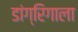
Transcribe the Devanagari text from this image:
डांग्रिगाला